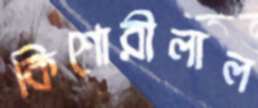
কিশোরীলাল